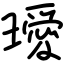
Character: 璦